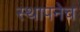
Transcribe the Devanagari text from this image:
स्थापनेच